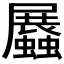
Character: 𧔡